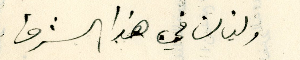
ولبنان في هذا الشرق